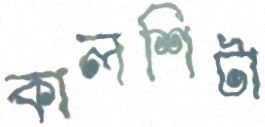
কালশিটা